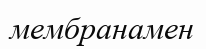
мембранамен